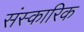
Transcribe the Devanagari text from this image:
संस्कारिक